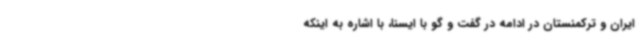
ایران و ترکمنستان در ادامه در گفت و گو با ایسنا، با اشاره به اینکه